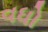
વધો